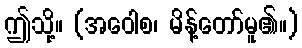
ဤသို့။ (အဝေါစ၊ မိန့်တော်မူ၏။)